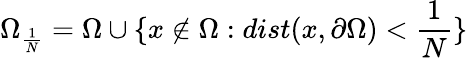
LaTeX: \Omega_{\frac{1}{N}}=\Omega\cup\{ x\notin\Omega:dist(x,\partial\Omega)<\frac{1}{N}\}